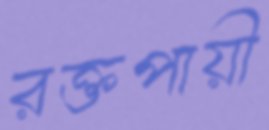
রক্তপায়ী